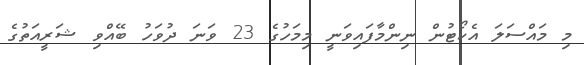
މި މައްސަލަ އެކޯޓުން ނިންމާފައިވަނީ މިމަހުގެ 23 ވަނަ ދުވަހު ބޭއްވި ޝަރީއަތުގެ